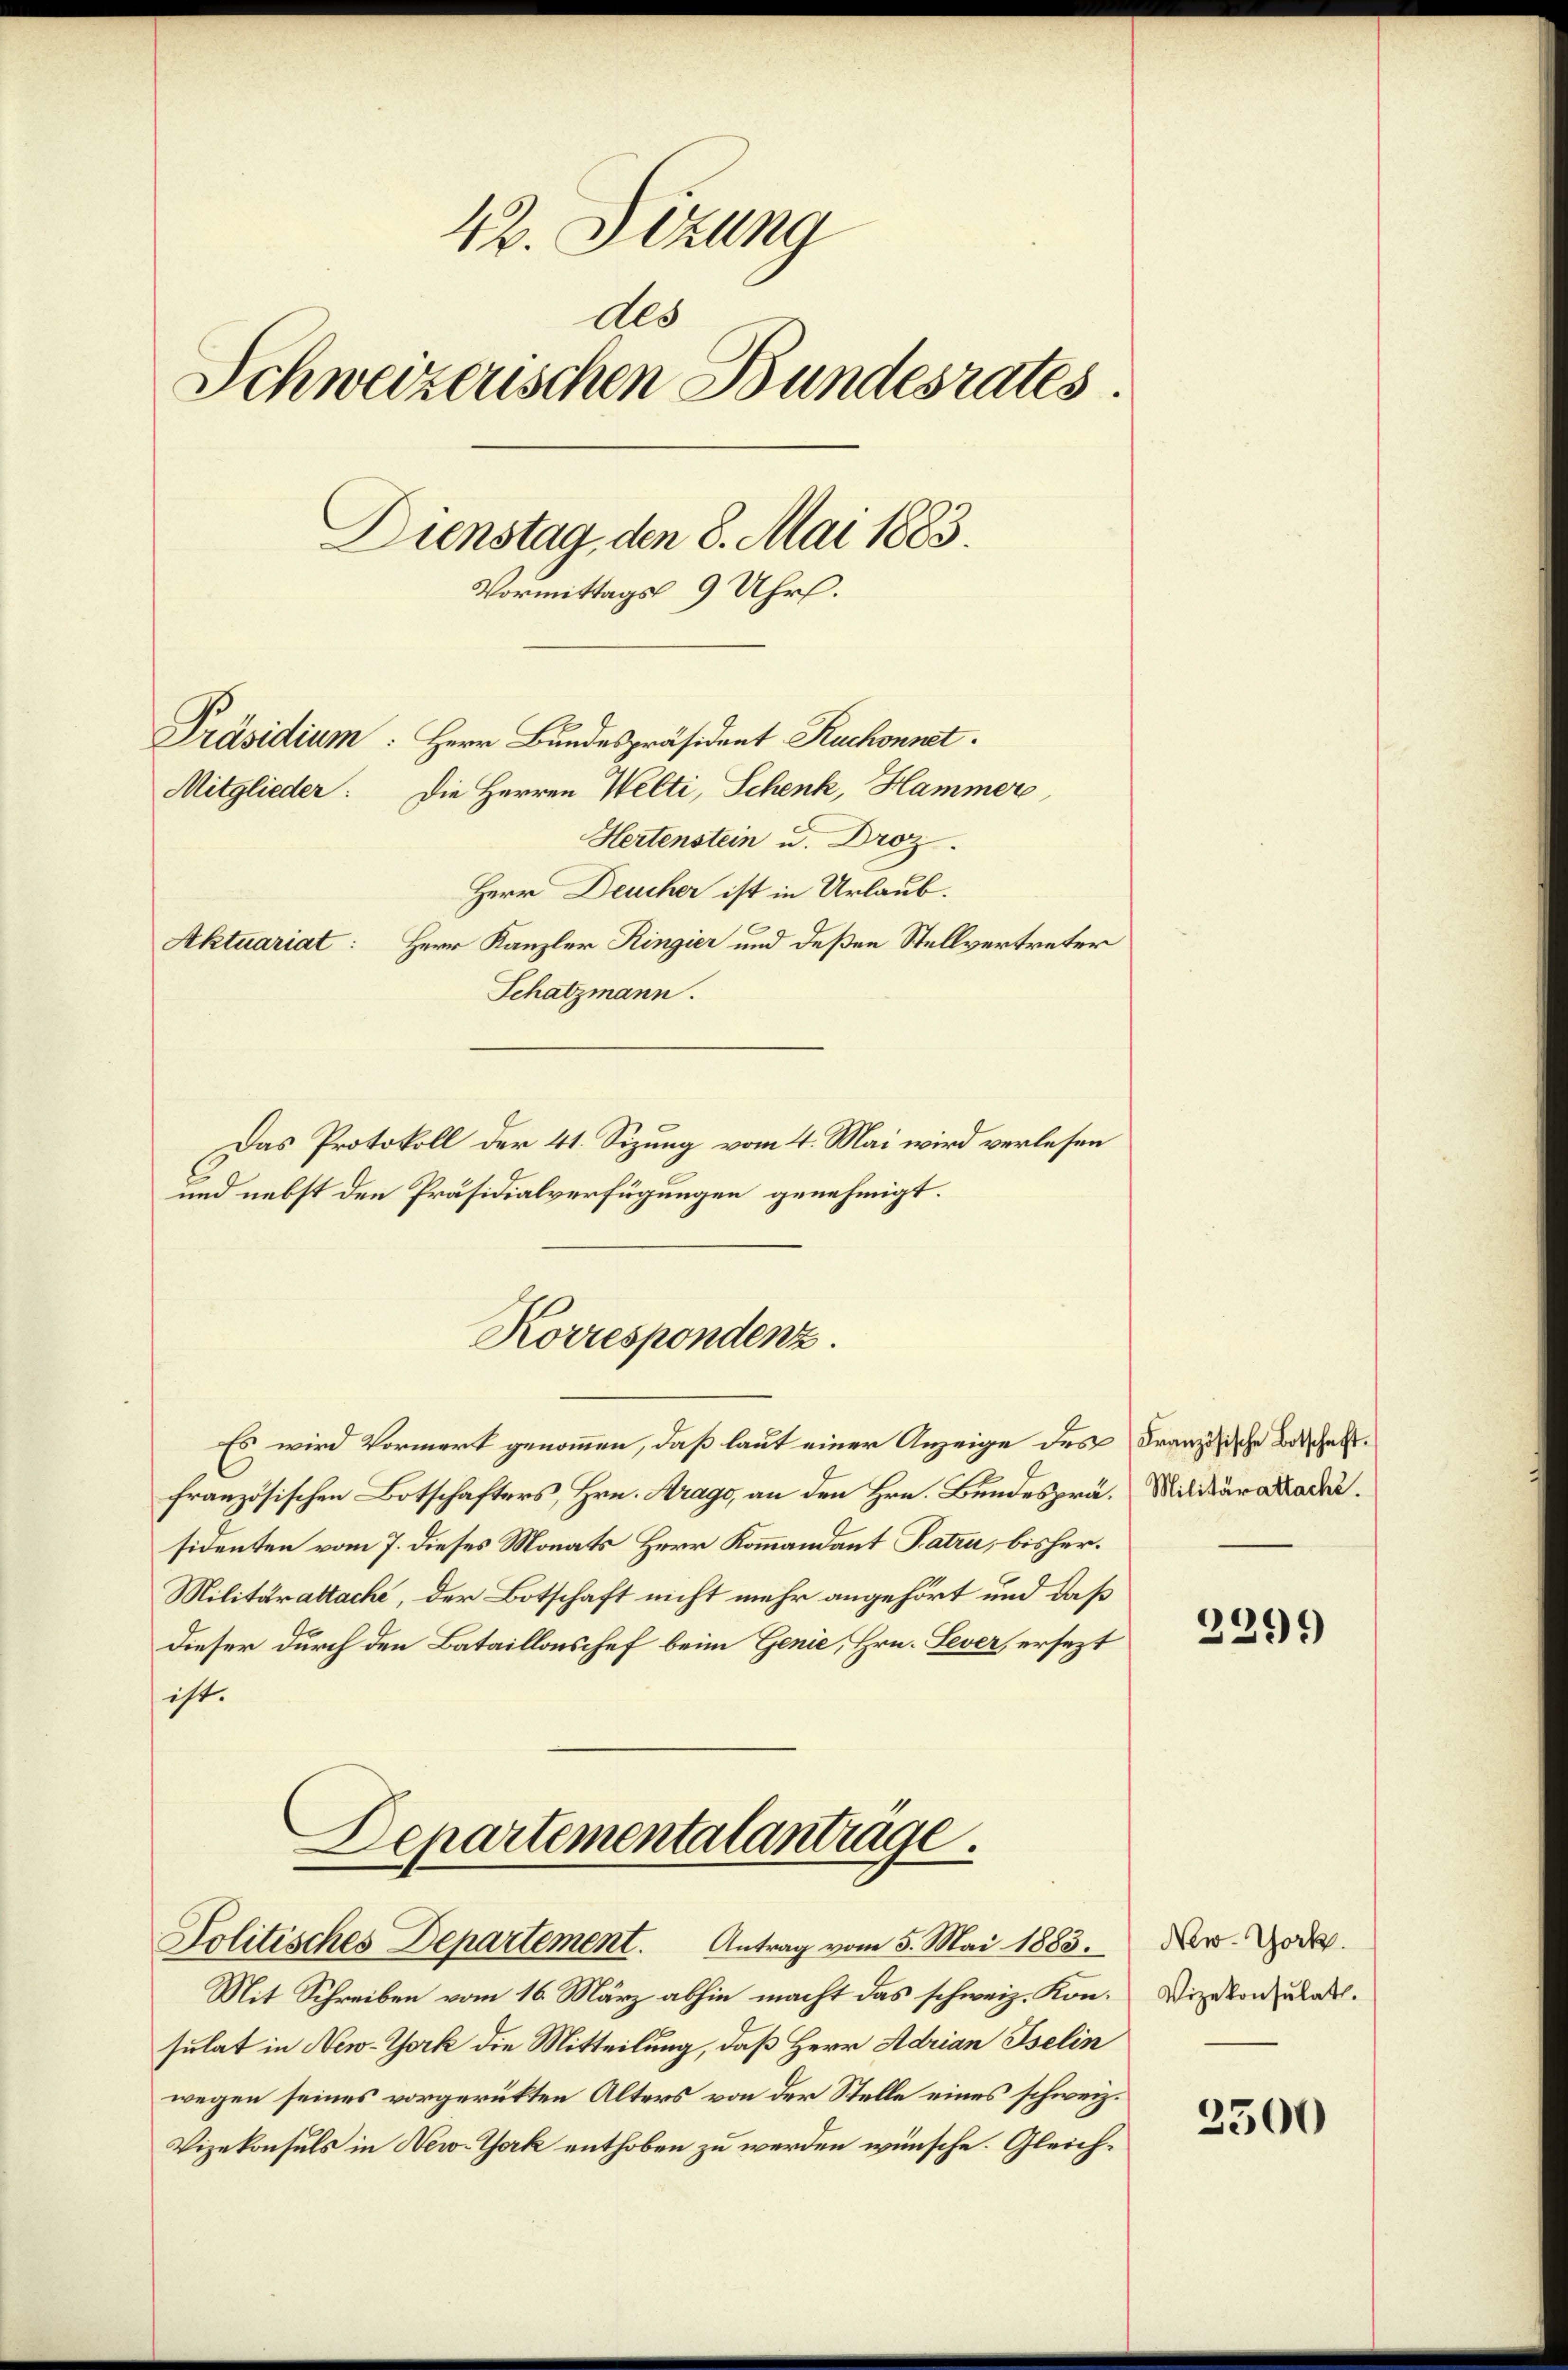
42. Sizung
des
Schweizerischen Bundesrates
Dienstag, den 8. Mai 1883.
Vormittags 9 Uhr.
Präsidium: Herr Bundespräsident Ruchonnet.
Mitglieder: Die Herren Welti, Schenk, Hammer
Hertenstein u. Droz.
Herr Deucher ist in Urlaub.
Herr Kanzler Ringier und deßen Stellvertreter
Aktuariat:

Schatzmann.
Das Protokoll der 41. Sizung vom 4. Mai wird verlesen
und nebst den Präsidialverfügungen genehmigt.
Korrespondenz.
Es wird Vormerk genommen, daß laut einer Anzeige des Französische Beschaftfranzösischen Botschafters, Hrn. Krago, an den Hrn. Bundesprä. Militärakadesidenten vom 7. dieses Monats Herr Kommandant Patru, bisher¬
Militärattache, der Botschaft nicht mehr angehört und daß
dieser durch den Bataillonschef beim Genie, Hrn. Lever ersezt
ist.
b
Departementalanträge.

Politisches Departement. Antrag vom 5. Mai 1883.

Mit Schreiben vom 16. März abhin macht das schweiz. Kon. Vizekonsulats.
sulat in New-York die Mitteilung, daß Herr Adrian Iselin
wegen seines vorgerükten Alters von der Stelle eines schweiz.
Vizekonsuls in New-York enthoben zu werden wünsche. Gleich¬

2299

New-York.

2500